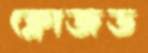
ক্লোজড